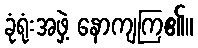
ခုံရုံးအဖှဲ့ နောကျကြ၏။